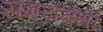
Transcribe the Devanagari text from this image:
समयमेंभी